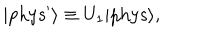
| \mathrm { { p h y s } } ^ { \prime } \rangle \equiv U _ { 1 } | { \mathrm { p h y s } } \rangle ,